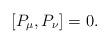
LaTeX: \begin{align*}\lbrack P_\mu, P_\nu \rbrack =0.\end{align*}